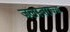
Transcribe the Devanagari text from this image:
जलस्वराज्य